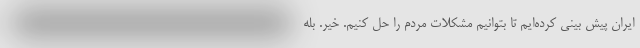
ایران پیش بینی کرده‌ایم تا بتوانیم مشکلات مردم را حل کنیم. خیر. بله